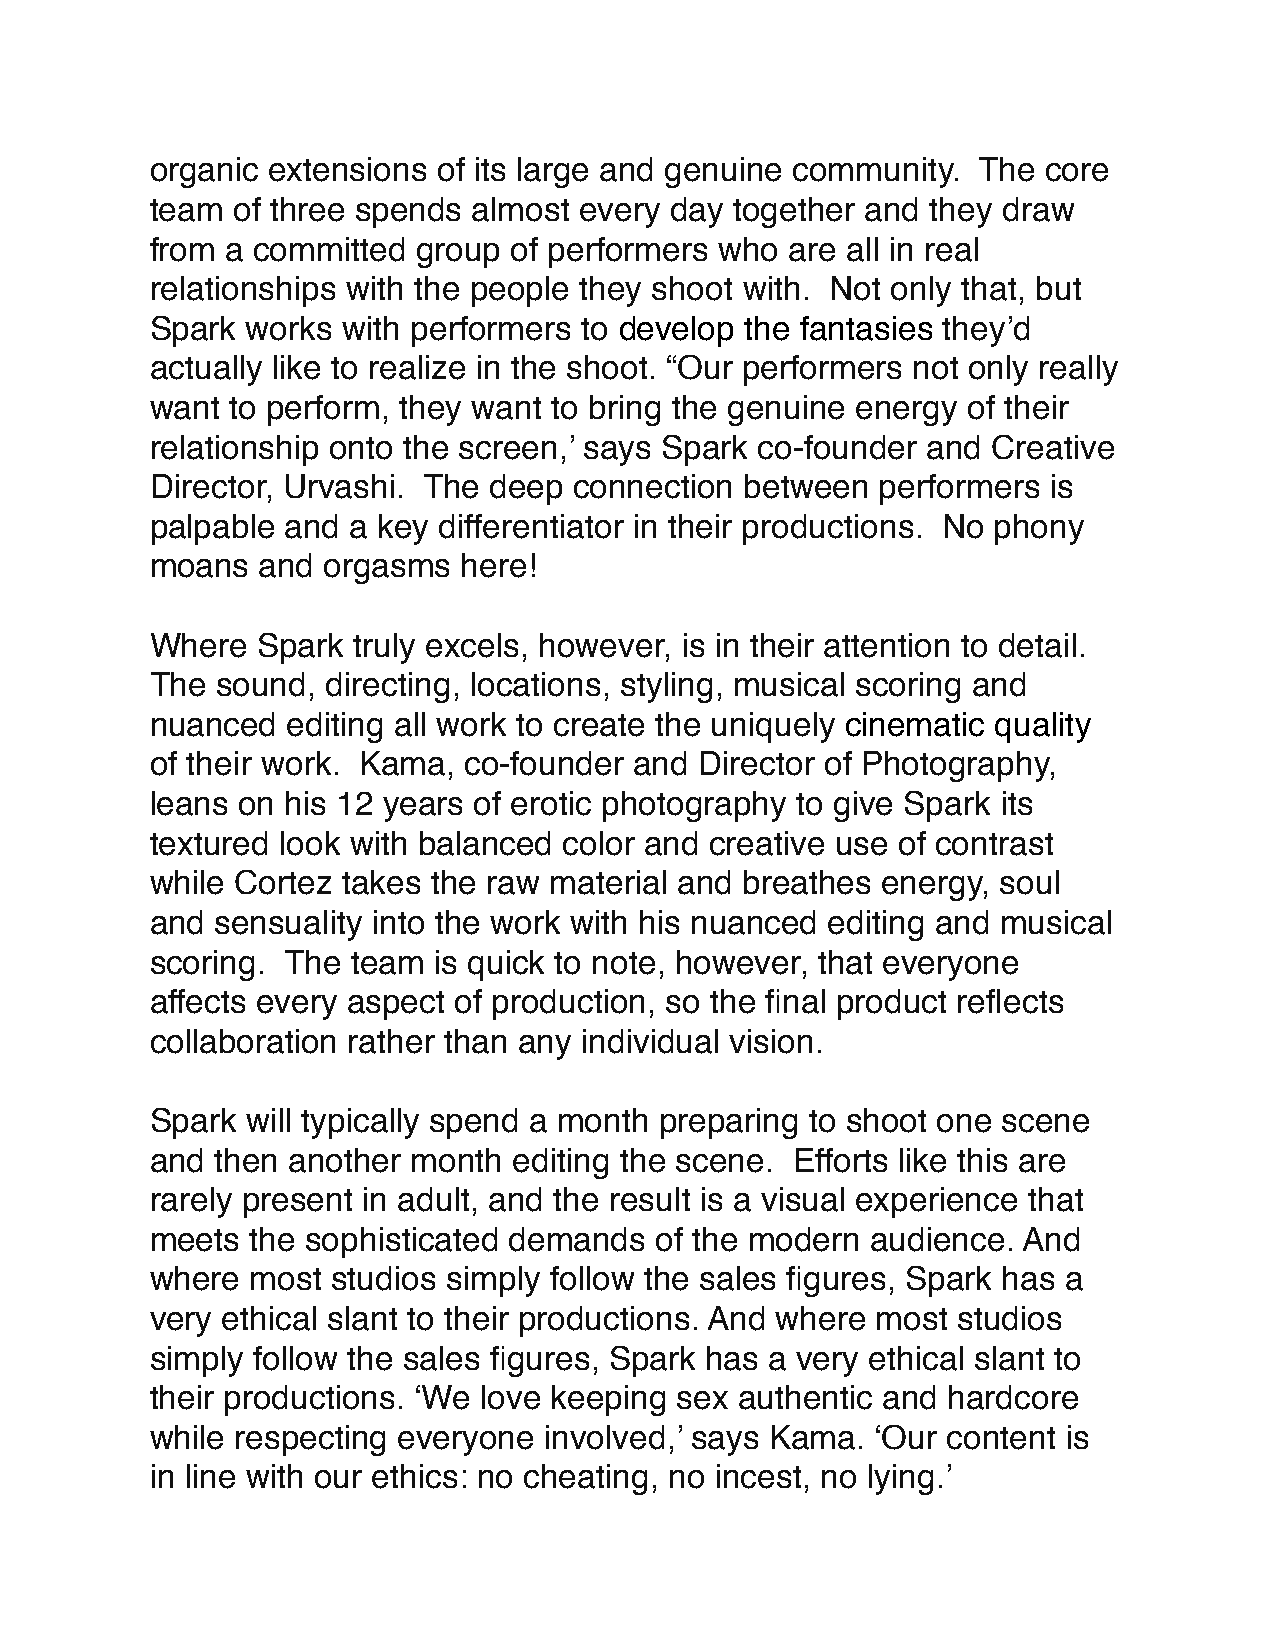
organic extensions of its large and genuine community. The core
 team of three spends almost every day  together and they draw
 from a committed  group of performers who are all in real
 relationships with the people they shoot with. Not only that, but
 Spark works  with performers to develop the fantasies they’d
 actually like to realize in the shoot. “Our performers not only really
 want to perform, they want to bring the genuine energy of their
 relationship onto the screen,’ says Spark co-founder and Creative
 Director, Urvashi. The deep connection between  performers  is
 palpable and a key differentiator in their productions. No phony
 moans  and orgasms   here!
 Where  Spark truly excels, however, is in their attention to detail.
 The sound,  directing, locations, styling, musical scoring and
 nuanced  editing all work to create the uniquely cinematic quality
 of their work. Kama, co-founder and Director of Photography,
 leans on his 12 years of erotic photography to give Spark its
 textured look with balanced color and creative use of contrast
 while Cortez takes the raw material and breathes energy, soul
 and sensuality into the work with his nuanced editing and musical
 scoring. The team  is quick to note, however, that everyone
 affects every aspect of production, so the final product reflects
 collaboration rather than any individual vision.
 Spark will typically spend a month preparing to shoot one scene
 and then another month  editing the scene. Efforts like this are
 rarely present in adult, and the result is a visual experience that
 meets  the sophisticated demands of the modern  audience. And
 where  most studios simply follow the sales figures, Spark has a
 very ethical slant to their productions. And where most studios
 simply follow the sales figures, Spark has a very ethical slant to
 their productions. ‘We love keeping sex authentic and hardcore
 while respecting everyone involved,’ says Kama. ‘Our content is
 in line with our ethics: no cheating, no incest, no lying.’